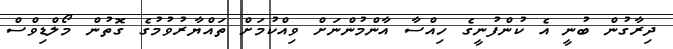
ދިރާގުން ބުނީ އެ ކުންފުނީގެ ހިއްސާ އާންމުންނަށް ވިއްކުމަށް ތައްޔާރުވުމުގެ ގޮތުން މޯލްޑިވްސް